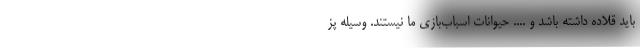
باید قلاده داشته باشد و .... حیوانات اسباب‌بازی ما نیستند. وسیله پز